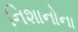
નિશાનોના